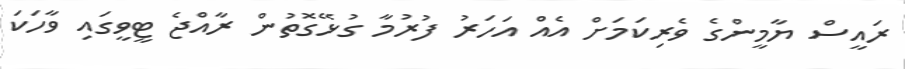
ރައީސް ޔާމީންގެ ވެރިކަމަށް އެއް އަހަރު ފުރުމާ ގުޅޭގޮތުން ރާއްޖެ ޓީވީގައި ވާހަކަ